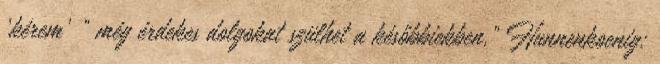
‘kérem’ ” még érdekes dolgokat szülhet a későbbiekben.” Hunnenkoenig: